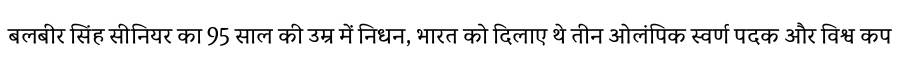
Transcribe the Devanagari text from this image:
बलबीर सिंह सीनियर का 95 साल की उम्र में निधन, भारत को दिलाए थे तीन ओलंपिक स्वर्ण पदक और विश्व कप